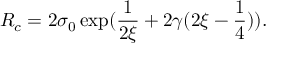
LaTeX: R _ { c } = 2 \sigma _ { 0 } \exp ( \frac { 1 } { 2 \xi } + 2 \gamma ( 2 \xi - \frac { 1 } { 4 } ) ) .